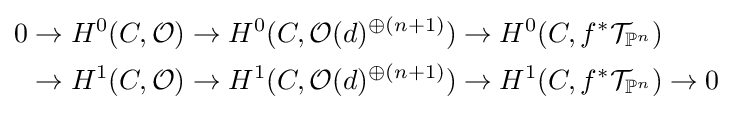
{\begin{aligned}0&\to H^{0}(C,{\mathcal {O}})\to H^{0}(C,{\mathcal {O}}(d)^{\oplus (n+1)})\to H^{0}(C,f^{*}{\mathcal {T}}_{\mathbb {P} ^{n}})\\&\to H^{1}(C,{\mathcal {O}})\to H^{1}(C,{\mathcal {O}}(d)^{\oplus (n+1)})\to H^{1}(C,f^{*}{\mathcal {T}}_{\mathbb {P} ^{n}})\to 0\end{aligned}}